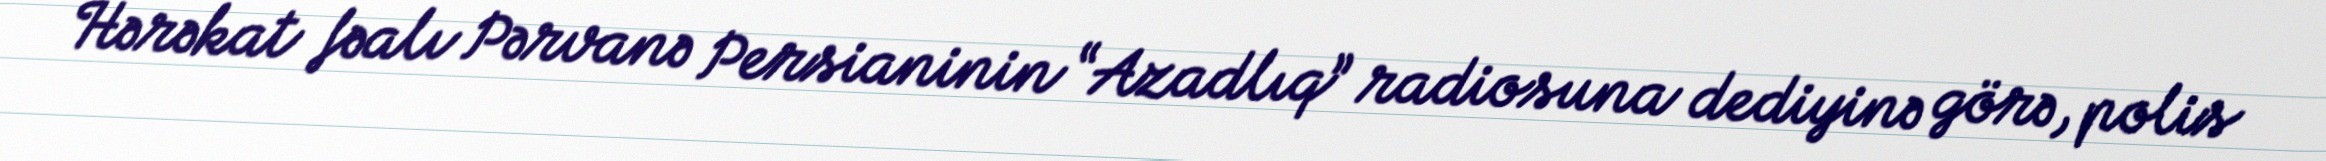
Hərəkat fəalı Pərvanə Persianinin “Azadlıq” radiosuna dediyinə görə, polis